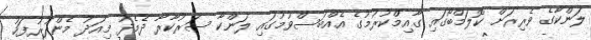
ލަންކާގެ ވެރިރަށް ކޮލަމްބޯގައި ގާއިމްކުރުމުގެ އެއްބަސްވުމުގައި ލަންކާ ސަރުކާރާ ދެމެދު މިއަދު މެންދުރުފަހު